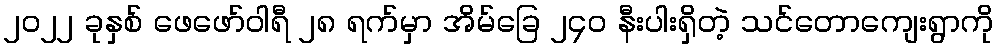
၂၀၂၂ ခုနှစ် ဖေဖော်ဝါရီ ၂၈ ရက်မှာ အိမ်ခြေ ၂၄၀ နီးပါးရှိတဲ့ သင်တောကျေးရွာကို